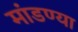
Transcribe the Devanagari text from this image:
मांडण्या